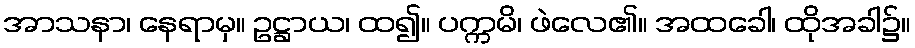
အာသနာ၊ နေရာမှ။ ဥဋ္ဌာယ၊ ထ၍။ ပက္ကမိ၊ ဖဲလေ၏။ အထခေါ၊ ထိုအခါ၌။